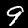
Label: 9